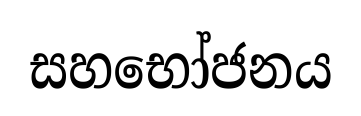
සහභෝජනය